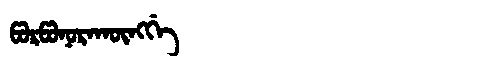
Manchu: ᡦᠣᡵᡦᠣᠨᠣᡵᠠᡴᡡᠩᡤᡝ
Romanization: PORPONORAKŪNGGE